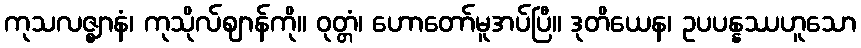
ကုသလဇ္ဈာနံ၊ ကုသိုလ်ဈာန်ကို။ ဝုတ္တံ၊ ဟောတော်မူအပ်ပြီ။ ဒုတိယေန၊ ဥပပန္နဿဟူသော